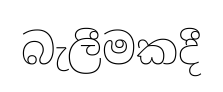
බැලීමකදී